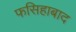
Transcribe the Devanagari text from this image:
फसिहाबाद